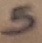
Text: 5